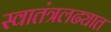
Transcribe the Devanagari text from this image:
स्वातंत्रलढ्यात